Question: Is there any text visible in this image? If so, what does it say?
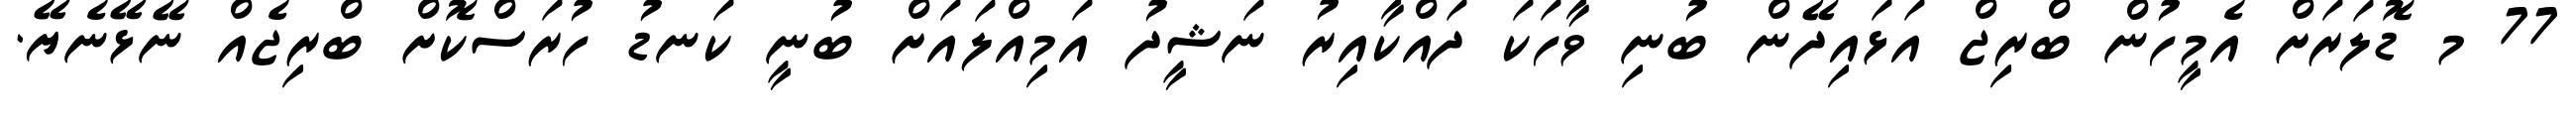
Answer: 77 މ ޑޮލަރަށް އެމީހުން ބްރިޖް އަޅައިދޭން ބުނި ވާހަކަ ދައްކާއިރު ނަޝީދު އަމިއްލައަށް ބުނީ ކަނޑު ހުރަސްކޮށް ބްރިޖެއް ނޭޅޭނެޔޭ.